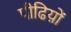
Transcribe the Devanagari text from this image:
पीढिय़ों